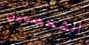
الشخصيين